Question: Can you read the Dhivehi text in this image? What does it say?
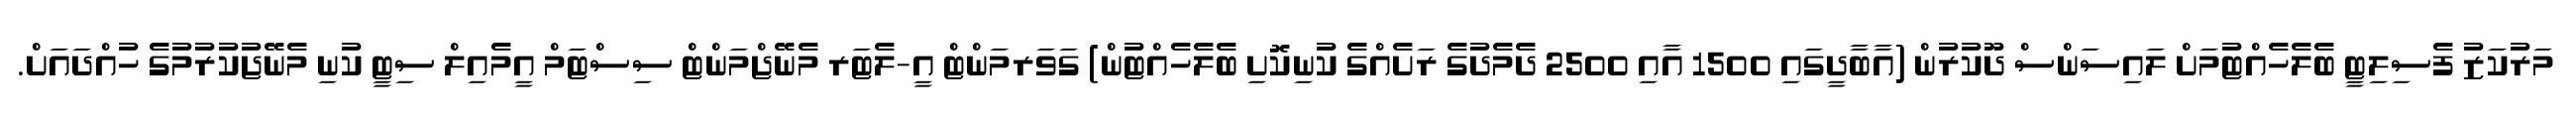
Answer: މަރުކަޒު ފެސިލިޓީ ބެލެހެއްޓުމަށް ލައިސަންސް ދޫކުރުން (އާބާދީގައި 1500 އާއި 2500 ދެމެދުގެ ރަށެއްގެ ކުނިކޮށި ބެލެހެއްޓުން) ގަވަރމަންޓް އީ-ލެޓަރ މެނޭޖްމަންޓް ސިސްޓަމް އީމެއިލް ސިޓީ ކުނި މެނޭޖުކުރުމުގެ ހުއްދައަށް.